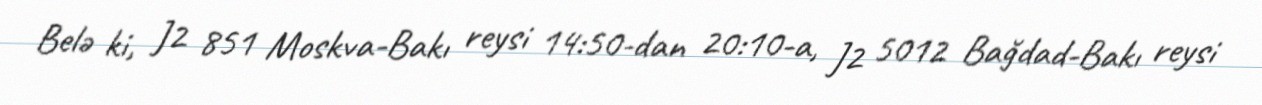
Belə ki, J2 851 Moskva-Bakı reysi 14:50-dan 20:10-a, J2 5012 Bağdad-Bakı reysi